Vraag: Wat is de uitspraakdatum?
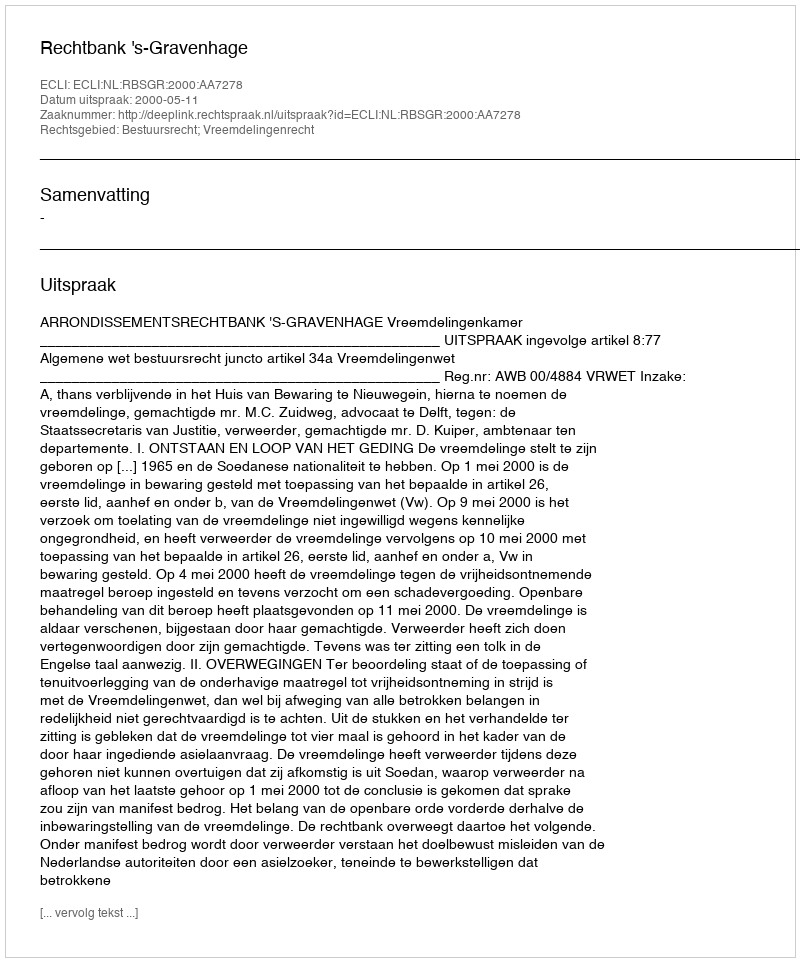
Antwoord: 2000-05-11